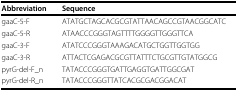
<table><thead><tr><td><b>Abbreviation</b></td><td><b>Sequence</b></td></tr></thead><tbody><tr><td>gaaC-5-F</td><td>ATATGCTAGCACGCGTATTAACAGCCGTAACGGCATC</td></tr><tr><td>gaaC-5-R</td><td>ATAACCCGGGTAGTTTTGGGGTTGGGTTCA</td></tr><tr><td>gaaC-3-F</td><td>ATATCCCGGGTAAAGACATGCTGGTTGGTGG</td></tr><tr><td>gaaC-3-R</td><td>ATTACTCGAGACGCGTTATTTCTGCGTTGTATGGCG</td></tr><tr><td>pyrG-del-F_n</td><td>TATACCCGGGTGATTGAGGTGATTGGCGAT</td></tr><tr><td>pyrG-del-R_n</td><td>TATACCCGGGTTATCACGCGACGGACAT</td></tr></tbody></table>